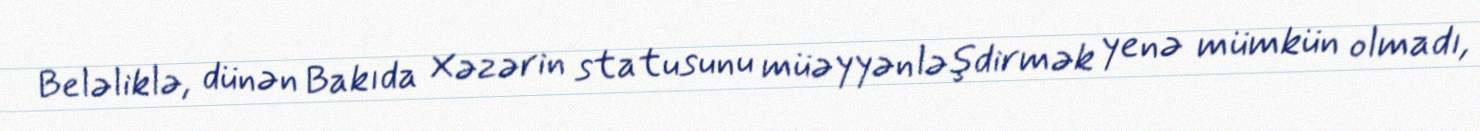
Beləliklə, dünən Bakıda Xəzərin statusunu müəyyənləşdirmək yenə mümkün olmadı,